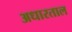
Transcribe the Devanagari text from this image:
अधारताल